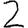
Digit: 2